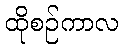
ထိုစဉ်ကာလ